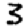
Digit: 3